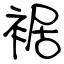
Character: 裾